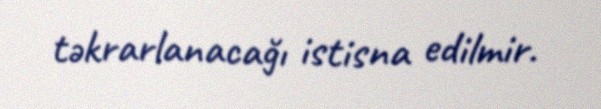
təkrarlanacağı istisna edilmir.